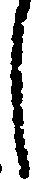
し